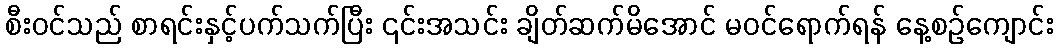
စီး၀င်သည် စာရင်းနှင့်ပက်သက်ပြီး ၎င်းအသင်း ချိတ်ဆက်မိအောင် မဝင်ရောက်ရန် နေ့စဉ်ကျောင်း